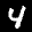
Label: 4